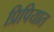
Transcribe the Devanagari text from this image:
प्रिपियात